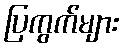
ပြကွက်များ